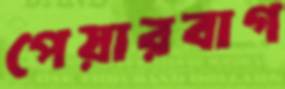
পেয়ারবাগ